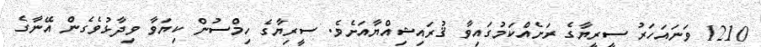
1210 ވަނައަހަރު ސީރީޔާގެ ރަށެއްކަމުގައިވާ ޤުރައިޝިއްޔާއަށެވެ. ސީރިޔާގެ ހިމްސުން ކިޔަވާ ވިދާޅުވެގެން އޭނާގެ